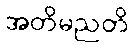
အတိမညတိ